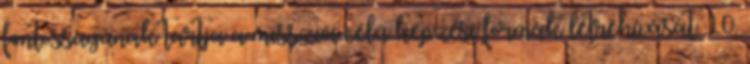
fontosságúnak tartja a missziói célú képzési formák létrehívását. 10.